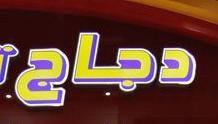
دباج